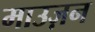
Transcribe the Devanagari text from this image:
माउज़न